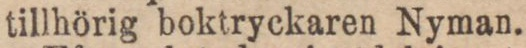
tillhörig boktryckaren Nyman.